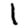
Digit: 1